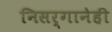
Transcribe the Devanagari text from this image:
निसर्गानेही